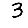
Digit: 3